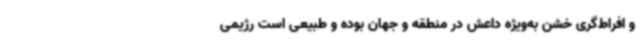
و افراط‌گری خشن به‌ویژه داعش در منطقه و جهان بوده و طبیعی است رژیمی